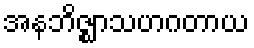
အနဘိဇ္ဈာသဟဂတာယ